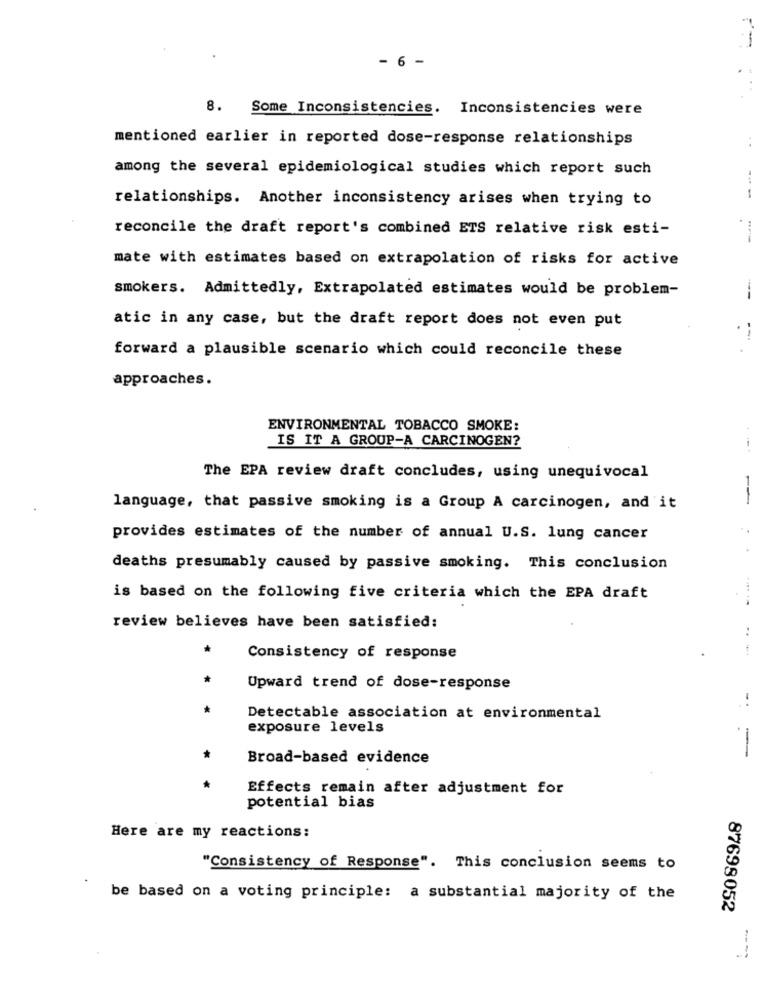
- 6 -
8.
Some Inconsistencies. Inconsistencies were
mentioned earlier in reported dose-response relationships
. .
among the several epidemiological studies which report such
...
relationships. Another inconsistency arises when trying to
reconcile the draft report's combined ETS relative risk esti-
mate with estimates based on extrapolation of risks for active
smokers. Admittedly, Extrapolated estimates would be problem-
atic in any case, but the draft report does not even put
forward a plausible scenario which could reconcile these
approaches.
ENVIRONMENTAL TOBACCO SMOKE:
IS IT A GROUP-A CARCINOGEN?
The EPA review draft concludes, using unequivocal
==
language, that passive smoking is a Group A carcinogen, and it
provides estimates of the number of annual U.S. lung cancer
deaths presumably caused by passive smoking. This conclusion
is based on the following five criteria which the EPA draft
review believes have been satisfied:
Consistency of response
Upward trend of dose-response
-.
Detectable association at environmental
exposure levels
-
Broad-based evidence
Effects remain after adjustment for
potential bias
Here are my reactions:
"Consistency of Response". This conclusion seems to
be based on a voting principle: a substantial majority of the
87698052